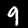
Digit: 9